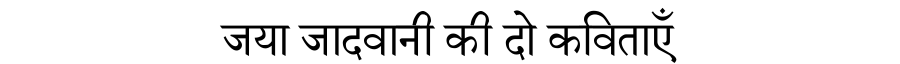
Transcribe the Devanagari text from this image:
जया जादवानी की दो कविताएँ